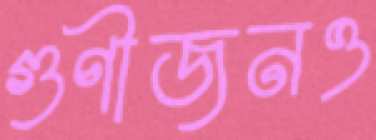
গুণীজনও